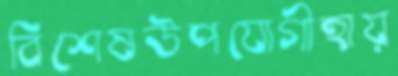
বিশেষউপযোগীহায়